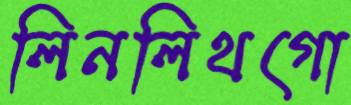
লিনলিথগো